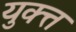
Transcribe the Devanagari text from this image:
युक्त्त